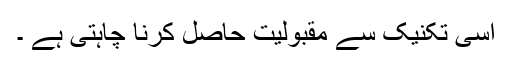
اسی تکنیک سے مقبولیت حاصل کرنا چاہتی ہے ۔